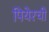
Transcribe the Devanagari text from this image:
पियेरची